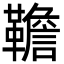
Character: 韂